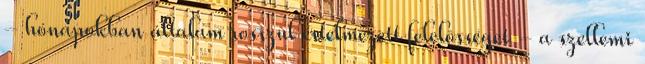
- hónapokban általam rosszul értelmezett felelõsséget - a szellemi